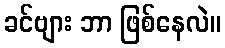
ခင်ဗျား ဘာ ဖြစ်နေလဲ။